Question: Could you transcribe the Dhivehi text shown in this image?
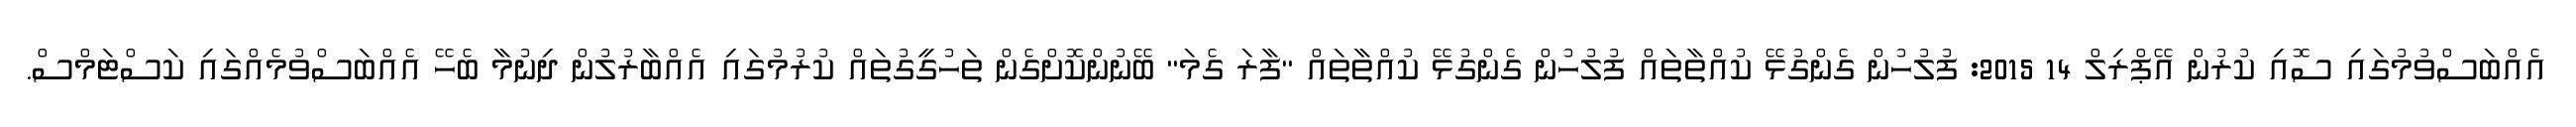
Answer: އެއްބަސްވުމުގައި ސޮއި ކުރުން އޭޕްރިލް 14 2015: ފުލުހުން ގެންގުޅޭ ކުއްތާތައް ފުލުހުން ގެންގުޅޭ ކުއްތާތައް "ފާރަ ގެމަ" ބޭނުންކޮށްގެން ތަހުގީގުތައް ކުރުމުގައި އެއްބާރުލުން ދިނުމާ ބެހޭ އެއްބަސްވުމެއްގައި ކަސްޓަމްސް.